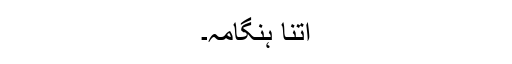
اتنا ہنگامہ۔